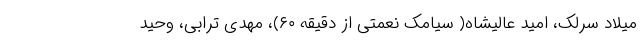
میلاد سرلک، امید عالیشاه( سیامک نعمتی از دقیقه ۶۰)، مهدی ترابی، وحید